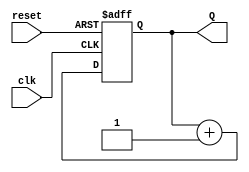
module up_counter(Q,clk,reset);
output [3:0]Q;
input clk,reset;
reg [3:0]Q;
always @(posedge clk or posedge reset)
begin
if(reset)
Q<=4'b0;
else
Q<=Q+1;
end
endmodule